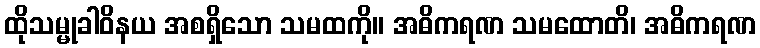
ထိုသမ္မုခါဝိနယ အစရှိသော သမထကို။ အဓိကရဏ သမထောတိ၊ အဓိကရဏ